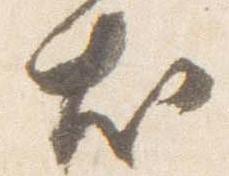
尤